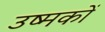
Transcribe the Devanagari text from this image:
उष्मकों